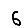
Digit: 6